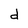
Character: d